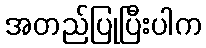
အတည်ပြုပြီးပါက